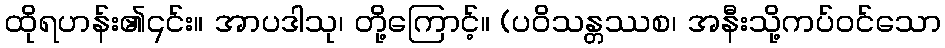
ထိုရဟန်း၏၎င်း။ အာပဒါသု၊ တို့ကြောင့်။ (ပဝိသန္တဿစ၊ အနီးသို့ကပ်ဝင်သော